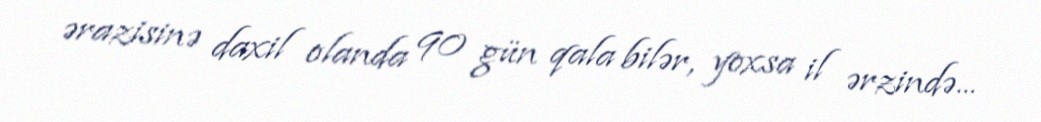
ərazisinə daxil olanda 90 gün qala bilər, yoxsa il ərzində...